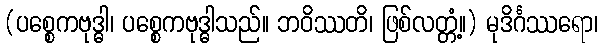
(ပစ္စေကဗုဒ္ဓါ၊ ပစ္စေကဗုဒ္ဓါသည်။ ဘဝိဿတိ၊ ဖြစ်လတ္တံ့။) မုဒိင်္ဂဿရော၊